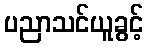
ပညာသင်ယူခွင့်